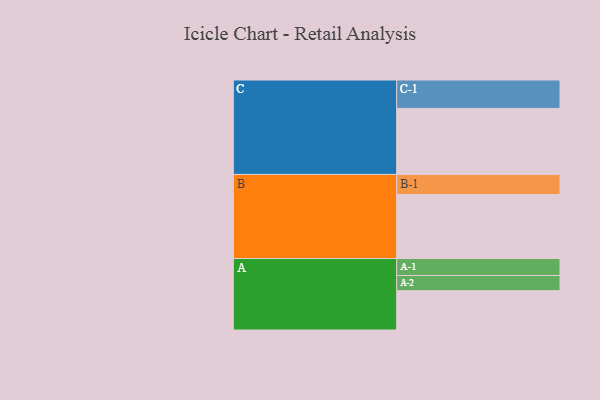
{"axis": {"x": "Segment", "y": "Value"}, "legend": ["", "A", "B", "C"], "data": [{"x": "A", "y": 303, "type": ""}, {"x": "B", "y": 493, "type": ""}, {"x": "C", "y": 509, "type": ""}, {"x": "A-1", "y": 131, "type": "A"}, {"x": "A-2", "y": 117, "type": "A"}, {"x": "B-1", "y": 155, "type": "B"}, {"x": "C-1", "y": 219, "type": "C"}]}